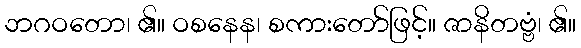
ဘဂဝတော၊ ၏။ ဝစနေန၊ စကားတော်ဖြင့်။ ဇာနိတဗ္ဗံ၊ ၏။